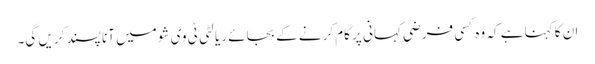
ان کا کہنا ہے کہ وہ کسی فرضی کہانی پر کام کرنے کے بجائے ریالٹی ٹی وی شو میں آنا پسند کریں گی۔